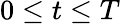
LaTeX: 0\le t\le T